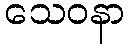
သေဝနာ